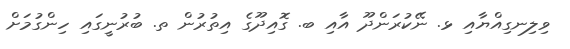
ވިލިނގިއްޔާއި ޅ. ނޭކުރަންދޫ އާއި ބ. ގޮއިދޫގެ އިތުރުން ތ. ބުރުނީގައި ހިންގުމަށް